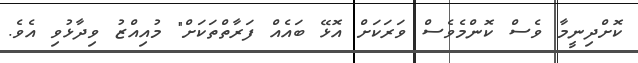
ކޮށްދިނީމާ ވެސް ކޮންމެވެސް ވަރަކަށް އޮޅޭ ބައެއް ފަރާތްތަކަށް" މުއިއްޒު ވިދާޅުވި އެވެ.